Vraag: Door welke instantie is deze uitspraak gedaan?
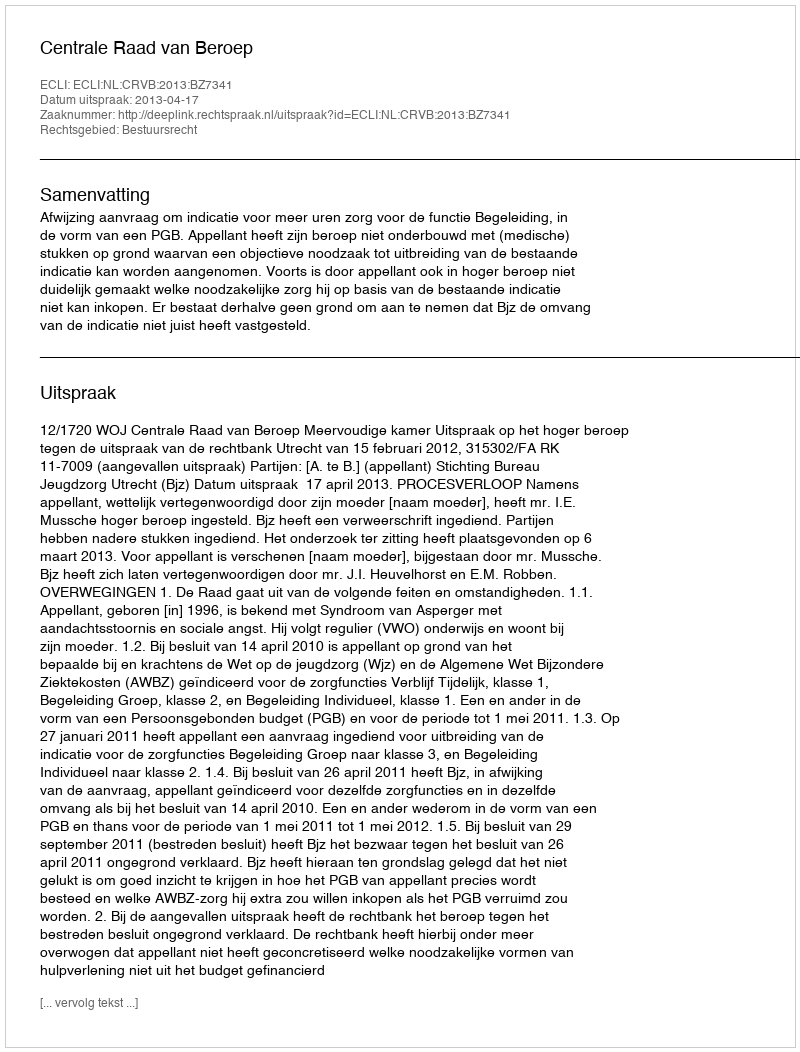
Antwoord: Centrale Raad van Beroep